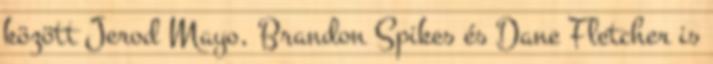
között Jerod Mayo, Brandon Spikes és Dane Fletcher is